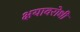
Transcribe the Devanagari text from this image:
क्षयावरोधी